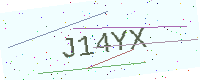
Text: J14YX